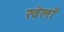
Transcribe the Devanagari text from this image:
खेलाँ